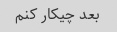
بعد چیکار کنم